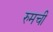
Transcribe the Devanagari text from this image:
रुमची